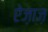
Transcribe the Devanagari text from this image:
ऐज़ाज़